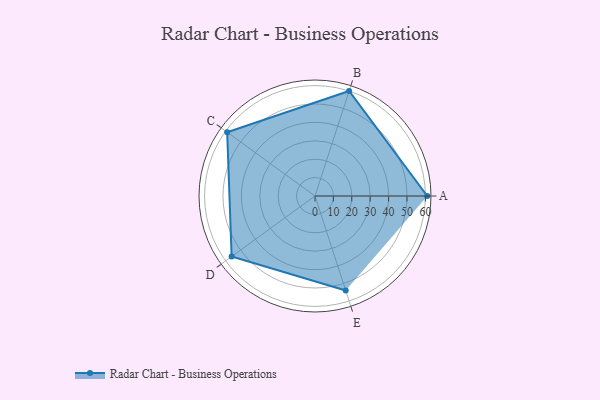
{"axis": {"x": "Skill", "y": "Score"}, "legend": ["Profile"], "data": [{"x": "A", "y": 61.0, "type": "Profile"}, {"x": "B", "y": 60.0, "type": "Profile"}, {"x": "C", "y": 59.0, "type": "Profile"}, {"x": "D", "y": 56.0, "type": "Profile"}, {"x": "E", "y": 54.0, "type": "Profile"}]}